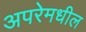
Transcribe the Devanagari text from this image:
अपरेमधील